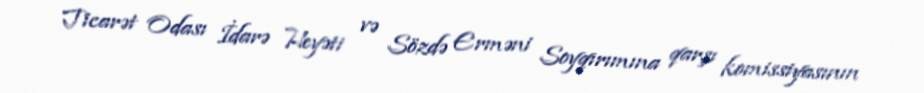
Ticarət Odası İdarə Heyəti və Sözdə Erməni Soyqırımına qarşı komissiyasının